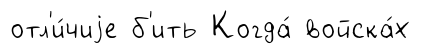
отл'и́чиjе б'ить Когда́ войска́х